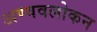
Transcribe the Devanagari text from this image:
अण्ववलोकन